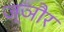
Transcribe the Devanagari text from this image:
ज्ञौर